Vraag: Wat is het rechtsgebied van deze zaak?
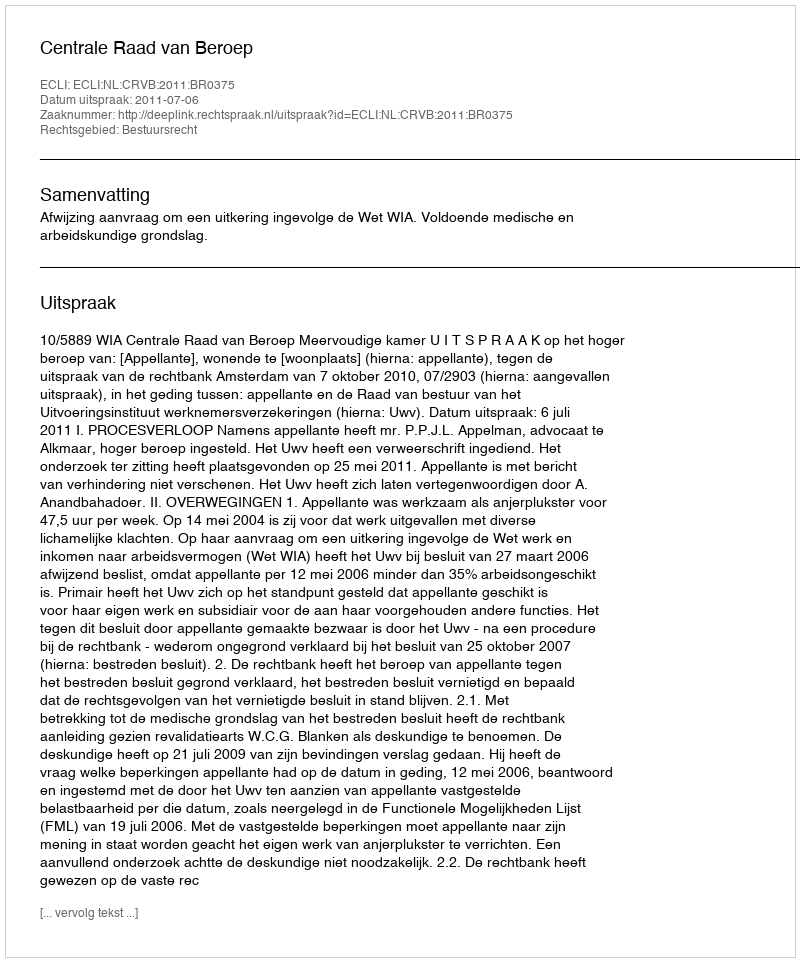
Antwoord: Bestuursrecht